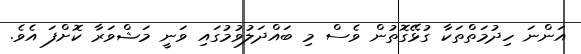
އަންނަ ހިދުމަތްތަކާ ގުޅޭގޮތުން ވެސް މި ބައްދަލުވުމުގައި ވަނީ މަޝްވަރާ ކޮށްފަ އެވެ.